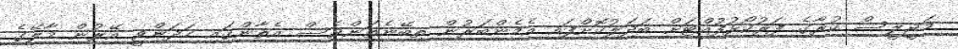
މަޖީލީސް ކުރާގެ ފަރުކޯޅުފުއްޓަށް ބަދަލުކޮށްފައި އެމެންބަރުން ތިބޭނެތަންވެސް އެތާންގައި ހަދަންވީ އޭރުން މާލޭގެ